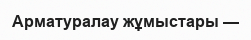
Арматуралау жұмыстары —